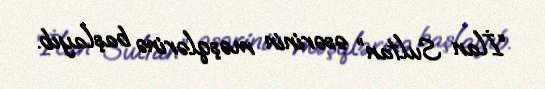
“İlan Sultan” əsərinin məşqlərinə başlayıb.